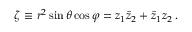
\zeta \equiv r ^ { 2 } \sin \theta \cos \varphi = z _ { 1 } \bar { z } _ { 2 } + \bar { z } _ { 1 } z _ { 2 } \, .